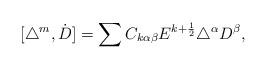
LaTeX: \begin{align*}[\triangle^m,\dot{D}]=\sum C_{k\alpha\beta}E^{k+\frac{1}{2}}\triangle^{\alpha}D^{\beta}, \end{align*}